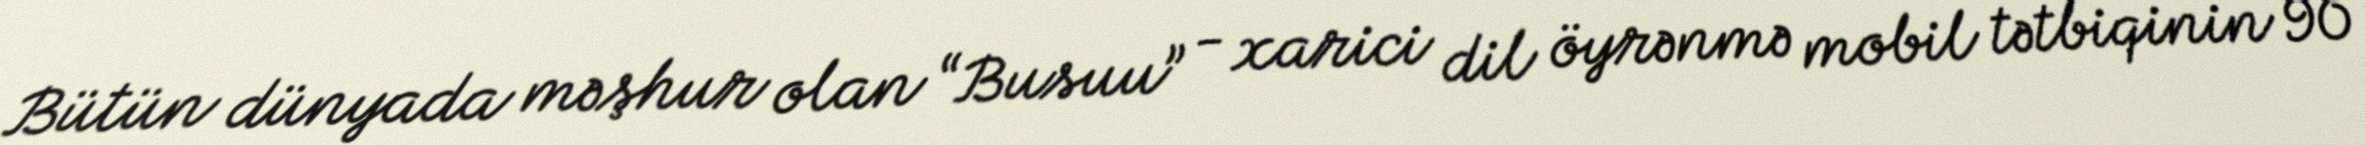
Bütün dünyada məşhur olan “Busuu” - xarici dil öyrənmə mobil tətbiqinin 90